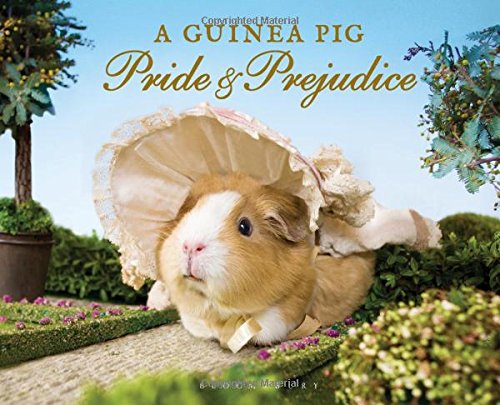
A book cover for A Guinea Pig Pride & Prejudice; Jane Austen; Humor & Entertainment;